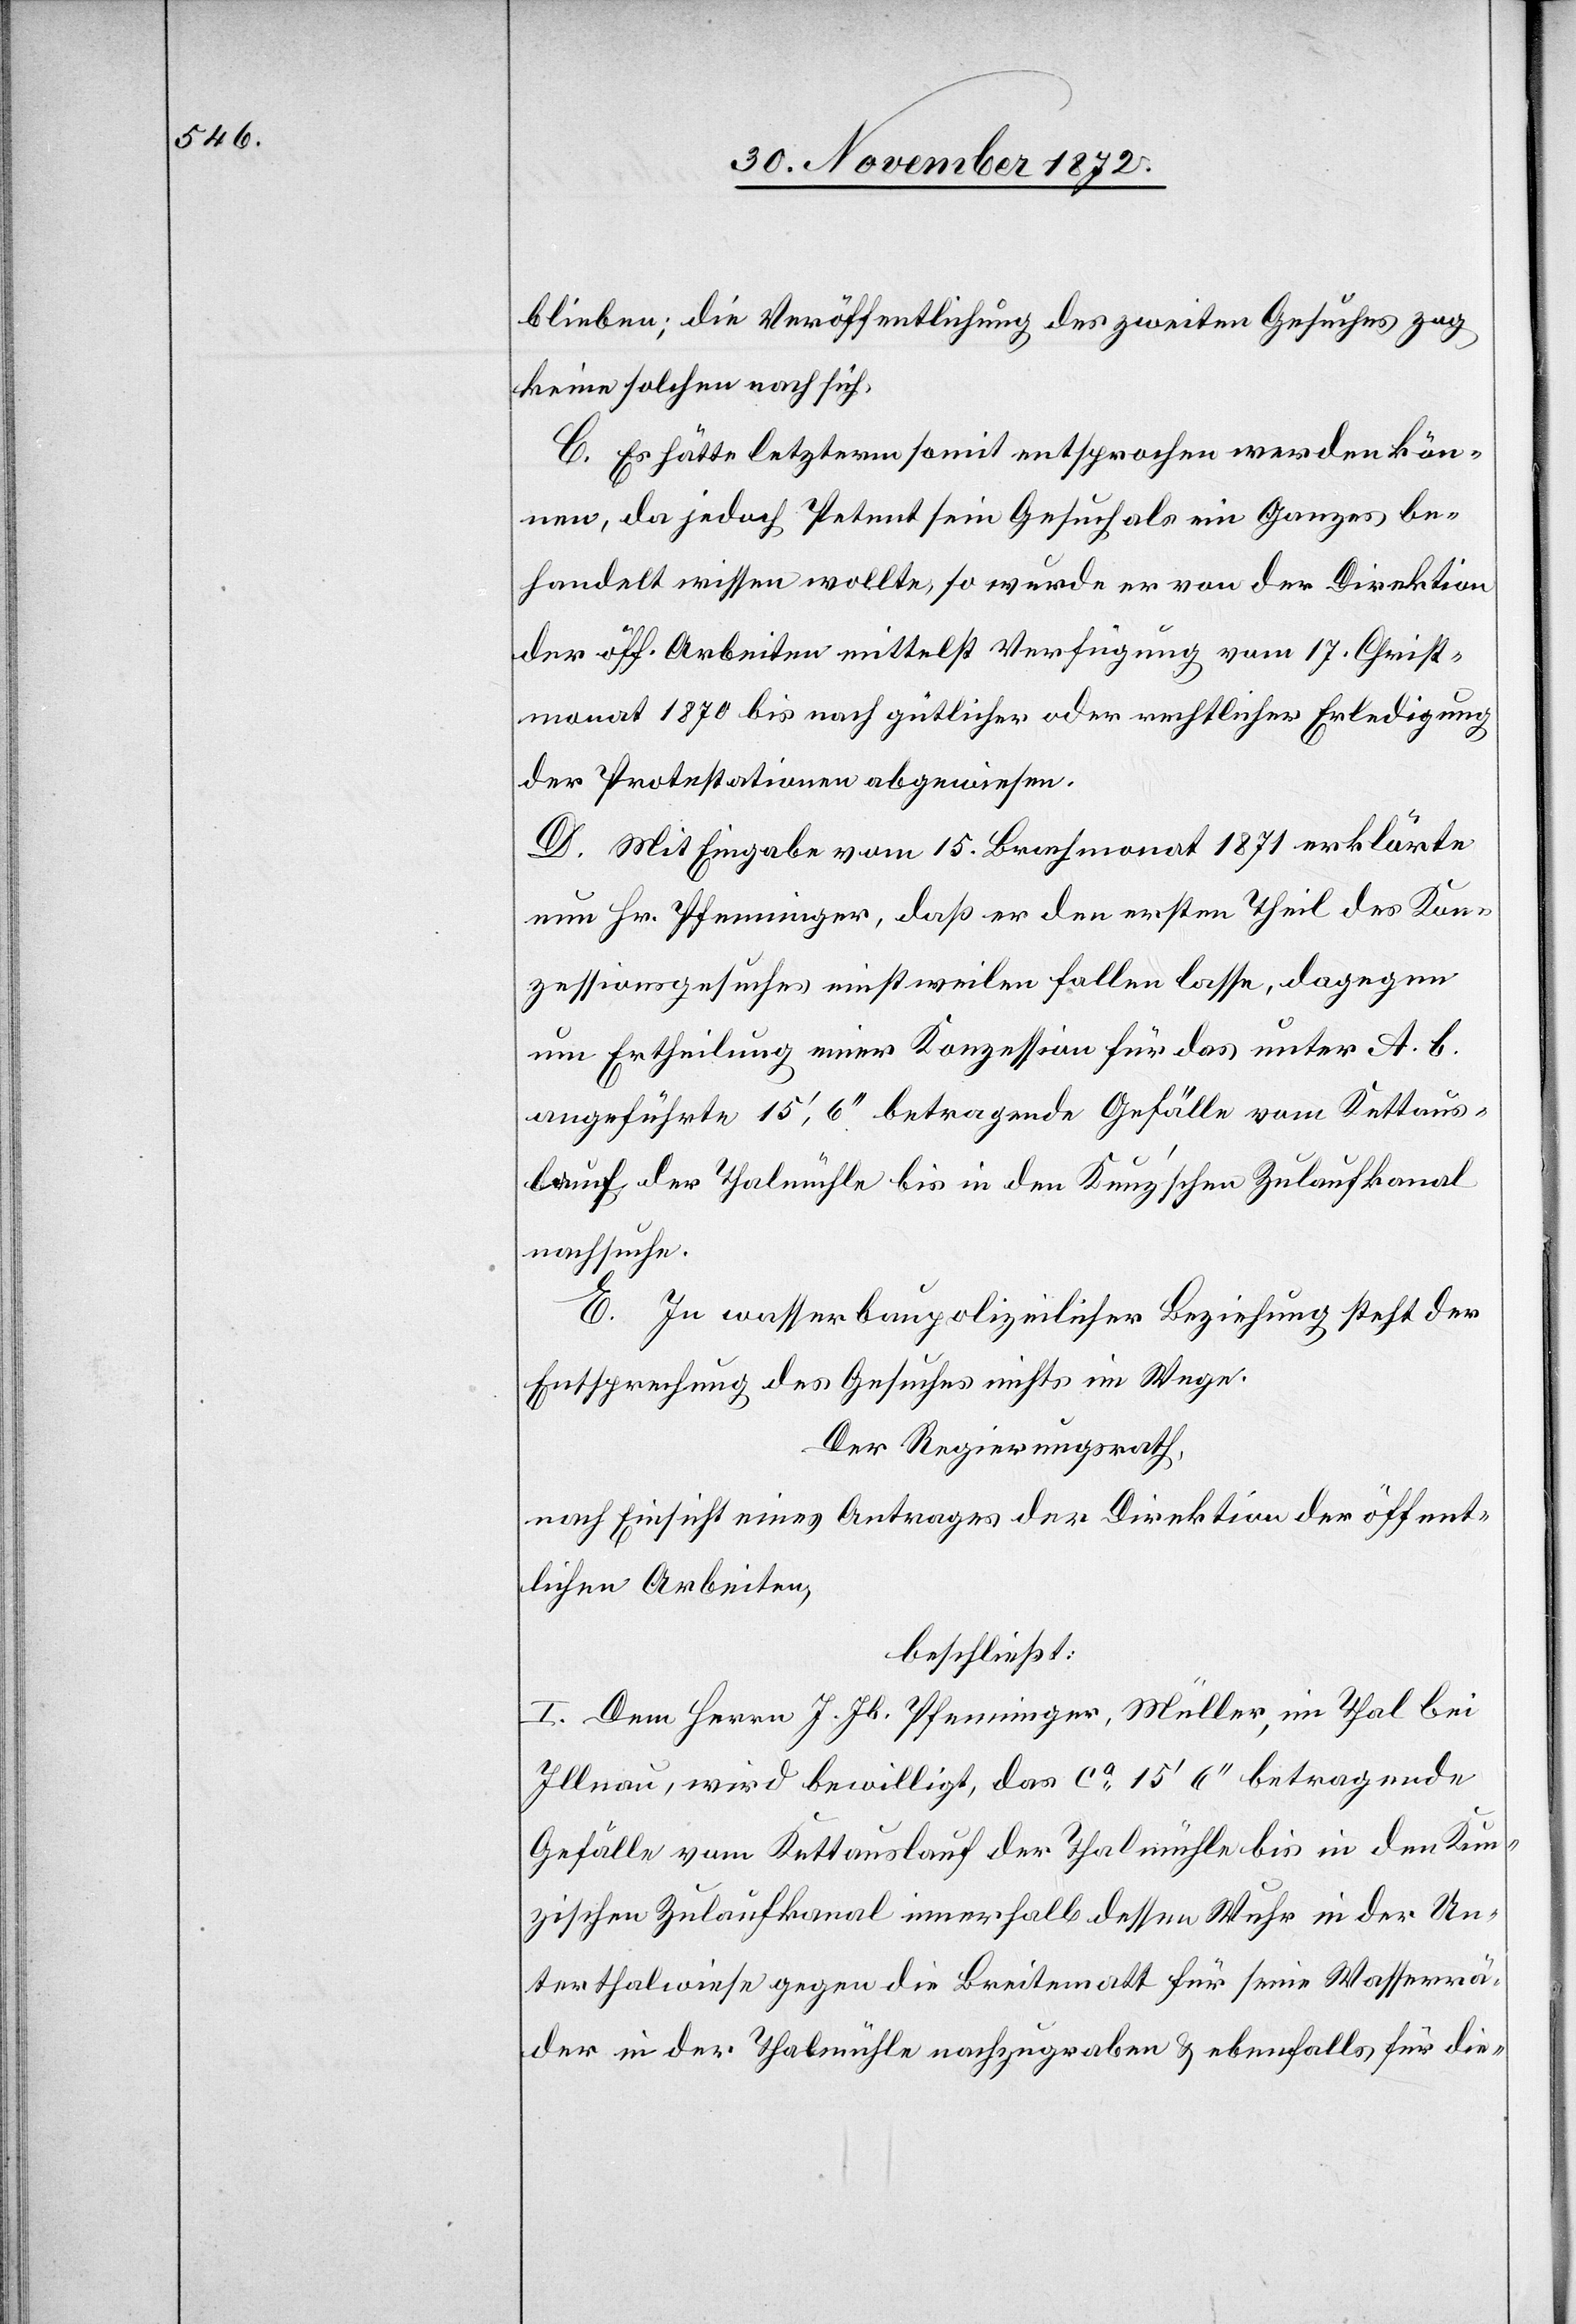
blieben; die Veröffentlichung des zweiten Gesuches zog
keinen solchen nach sich.
C. Es hätte letzterm somit entsprochen werden kön¬
ne, da jedoch Petent sein Gesuch als ein Ganzes be¬
handelt wissen wollte, so wurde er von der Direktion
der öff. Arbeiten mittelst Verfügung vom 17. Christ¬
monat 1870 bis nach gütlicher oder rechtlicher Erledigung
der Protestation abgewiesen.
D. Mit Eingabe vom 15. Brachmonat 1871 erklärte
nun Hr. Pfenninger, daß er den ersten Theil des Kon¬
zessionsgesuches einstweilen fallen lasse, dagegen
um Ertheilung einer Konzession für das unter A. b.
angeführte 15’, 6’’ betragende Gefälle vom Kettaus¬
lauf der Thalmühle bis in den Kunz’schen Zulaufkanal
nachsuche.
E. In wasserbaupolizeilicher Beziehung steht der
Entsprechung des Gesuches nichts im Wege.
Der Regierungsrath,
nach Einsicht eines Antrages der Direktion der öffent¬
lichen Arbeiten,
beschließt:
I. Dem Herrn J. Jb. Pfenninger, Müller, im Thal bei
Illnau, wird bewilligt, das ca 15’ 6’’ betragende
Gefälle vom Kettauslauf der Thalmühle bis in den Kun¬
zischen Zulaufkanal innerhalb dessen Wuhr in der Un¬
terthalwiese gegen die Breitematt für seine Wasserrä¬
der in der Thalmühle nachzugraben u. ebenfalls für die-